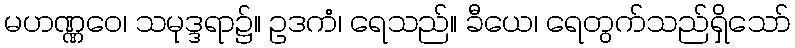
မဟဏ္ဏဝေ၊ သမုဒ္ဒရာ၌။ ဥဒကံ၊ ရေသည်။ ခီယေ၊ ရေတွက်သည်ရှိသော်